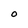
Character: O